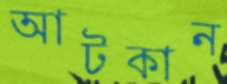
আটকান